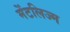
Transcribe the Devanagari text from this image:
मेंटलिज्म